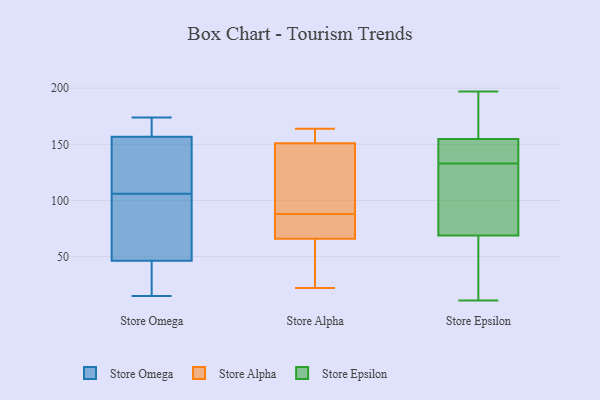
{"axis": {"x": "Tickets Resolved", "y": "Value"}, "legend": ["Store Alpha", "Store Epsilon", "Store Omega"], "data": [{"x": "", "y": 56, "type": "Store Omega"}, {"x": "", "y": 174, "type": "Store Omega"}, {"x": "", "y": 20, "type": "Store Omega"}, {"x": "", "y": 128, "type": "Store Omega"}, {"x": "", "y": 15, "type": "Store Omega"}, {"x": "", "y": 64, "type": "Store Omega"}, {"x": "", "y": 160, "type": "Store Omega"}, {"x": "", "y": 106, "type": "Store Omega"}, {"x": "", "y": 168, "type": "Store Omega"}, {"x": "", "y": 147, "type": "Store Omega"}, {"x": "", "y": 43, "type": "Store Omega"}, {"x": "", "y": 69, "type": "Store Alpha"}, {"x": "", "y": 22, "type": "Store Alpha"}, {"x": "", "y": 89, "type": "Store Alpha"}, {"x": "", "y": 61, "type": "Store Alpha"}, {"x": "", "y": 161, "type": "Store Alpha"}, {"x": "", "y": 151, "type": "Store Alpha"}, {"x": "", "y": 87, "type": "Store Alpha"}, {"x": "", "y": 164, "type": "Store Alpha"}, {"x": "", "y": 116, "type": "Store Alpha"}, {"x": "", "y": 66, "type": "Store Alpha"}, {"x": "", "y": 149, "type": "Store Epsilon"}, {"x": "", "y": 74, "type": "Store Epsilon"}, {"x": "", "y": 162, "type": "Store Epsilon"}, {"x": "", "y": 86, "type": "Store Epsilon"}, {"x": "", "y": 142, "type": "Store Epsilon"}, {"x": "", "y": 11, "type": "Store Epsilon"}, {"x": "", "y": 34, "type": "Store Epsilon"}, {"x": "", "y": 155, "type": "Store Epsilon"}, {"x": "", "y": 32, "type": "Store Epsilon"}, {"x": "", "y": 150, "type": "Store Epsilon"}, {"x": "", "y": 133, "type": "Store Epsilon"}, {"x": "", "y": 85, "type": "Store Epsilon"}, {"x": "", "y": 162, "type": "Store Epsilon"}, {"x": "", "y": 154, "type": "Store Epsilon"}, {"x": "", "y": 156, "type": "Store Epsilon"}, {"x": "", "y": 67, "type": "Store Epsilon"}, {"x": "", "y": 197, "type": "Store Epsilon"}, {"x": "", "y": 43, "type": "Store Epsilon"}, {"x": "", "y": 103, "type": "Store Epsilon"}]}